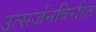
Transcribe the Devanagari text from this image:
उत्सर्जनविरहित